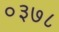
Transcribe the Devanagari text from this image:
०३७८